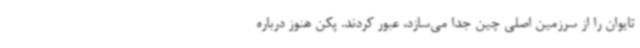
تایوان را از سرزمین اصلی چین جدا می‌سازد، عبور کردند. پکن هنوز درباره